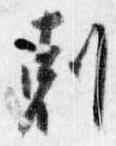
剋